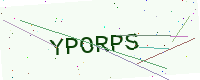
Text: YPORPS